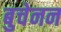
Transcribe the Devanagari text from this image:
बुचेनन